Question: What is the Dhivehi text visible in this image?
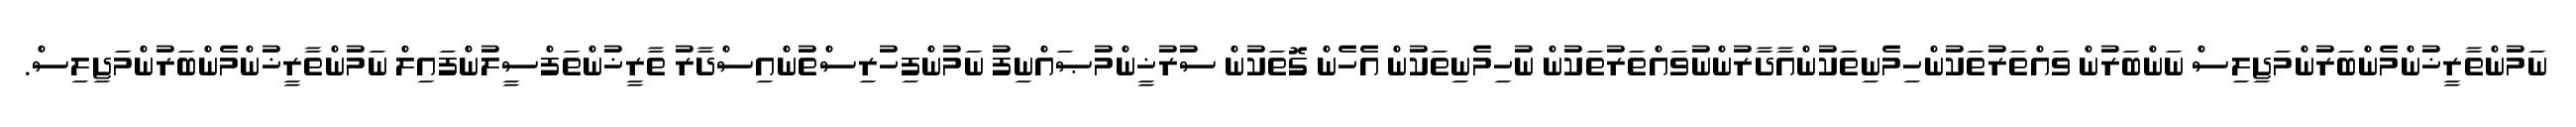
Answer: ނަމުންތާރީޚުންމެންބަރުންމަޖިލިސް ނަންބަރުން ވައްތަރުތަކުންހިމެނިތަކުންއާދާރުންނުވައްތަރުތަކުން ނުހިމެނިތަކުން އެހެން ގޮތަކުން ސުރުޚީންމުޞައްނިފު ނަމުންފިހުރިސްތުންއިސްދާރު ތާރީޚުންތަފްސީލުންފައިލް ނަމުންތާރީޚުންމެންބަރުންމަޖިލިސް.